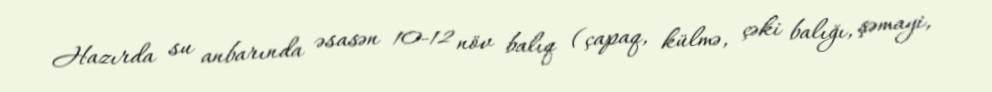
Hazırda su anbarında əsasən 10-12 növ balıq (çapaq, külmə, çəki balığı, şəmayi,